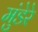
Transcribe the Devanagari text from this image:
मुंडेरे